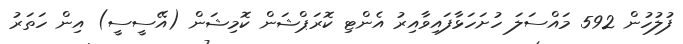
ފުލުހުން 592 މައްސަލަ ހުށަހަޅާފައިވާއިރު އެންޓި ކޮރަޕްޝަން ކޮމިޝަން (އޭސީސީ) އިން ހަތަރު